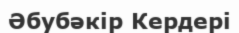
Әбубәкір Кердері